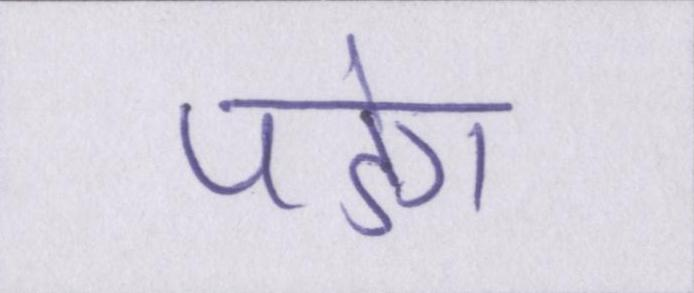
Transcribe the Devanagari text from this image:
पडेगा